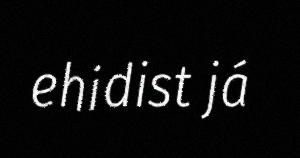
ehidist já